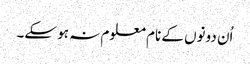
اُن دونوں کے نام معلوم نہ ہو سکے۔